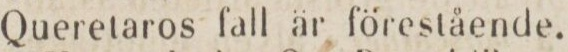
Queretaros fall är förestående.